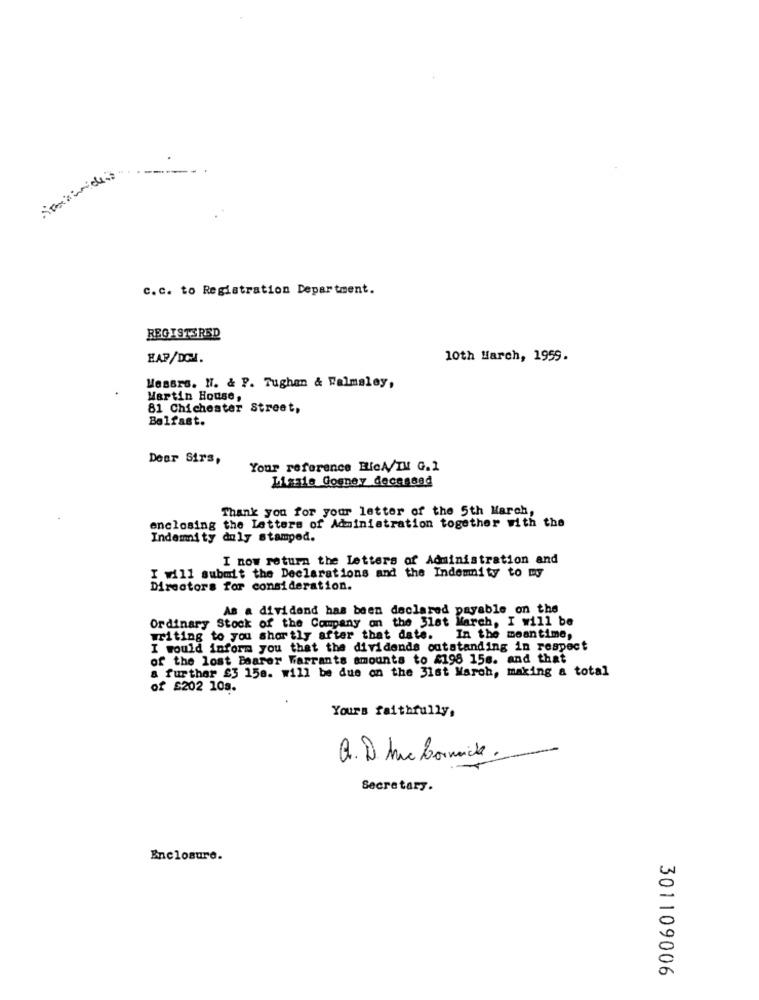
c.c. to Registration Department.
REGISTERED
HAP/DC.
10th Harch, 1959.
Messrs. H. & P. Tughan & Ralmaley,
Martin House,
81 Chichester Street,
Belfast.
Dear Sirs,
Your reference Bich/IM G.1
Lizzie Gogney decessad
Thank you for your letter of the 5th March,
enclosing the Letters of Administration together with the
Indemnity duly stamped.
I now return the Letters of Administration and
I will submit the Declarations and the Indemnity to my
Directors for consideration.
As a dividend has been declared payable on the
Ordinary Stock of the Company on the 31st March, I will be
writing to you shortly after that date. In the meantime,
I would inform you that the dividends outstanding in respect
of the lost Bearer Warrants amounts to 4198 15s. and that
a further £3 158. will be due on the 31st March, making a total
of £202 108.
Yours faithfully,
Q. D. Are Bornnick.
Secretary.
Enclosure.
301109006